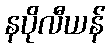
နပိုလီယန်